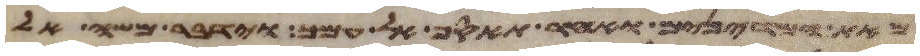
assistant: מאת המדינים ואחר תאסף אל עמך וידבר משה אל